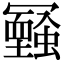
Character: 𠖧